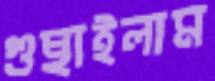
গুছাইলাম